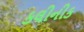
કલીનીક